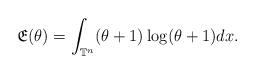
LaTeX: \begin{align*}\mathfrak{E}(\theta)=\int_{\mathbb{T}^{n}} (\theta+1) \log(\theta+1) dx.\end{align*}